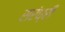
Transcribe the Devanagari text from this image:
सरंध्री